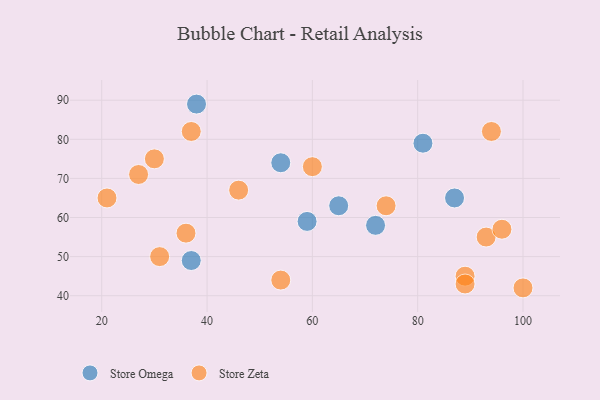
{"axis": {"x": "GDP", "y": "Life Expectancy"}, "legend": ["Store Omega", "Store Zeta"], "data": [{"x": "65", "y": 63, "type": "Store Omega"}, {"x": "72", "y": 58, "type": "Store Omega"}, {"x": "54", "y": 74, "type": "Store Omega"}, {"x": "59", "y": 59, "type": "Store Omega"}, {"x": "38", "y": 89, "type": "Store Omega"}, {"x": "81", "y": 79, "type": "Store Omega"}, {"x": "87", "y": 65, "type": "Store Omega"}, {"x": "37", "y": 49, "type": "Store Omega"}, {"x": "37", "y": 82, "type": "Store Zeta"}, {"x": "93", "y": 55, "type": "Store Zeta"}, {"x": "60", "y": 73, "type": "Store Zeta"}, {"x": "96", "y": 57, "type": "Store Zeta"}, {"x": "21", "y": 65, "type": "Store Zeta"}, {"x": "31", "y": 50, "type": "Store Zeta"}, {"x": "36", "y": 56, "type": "Store Zeta"}, {"x": "54", "y": 44, "type": "Store Zeta"}, {"x": "30", "y": 75, "type": "Store Zeta"}, {"x": "89", "y": 45, "type": "Store Zeta"}, {"x": "27", "y": 71, "type": "Store Zeta"}, {"x": "100", "y": 42, "type": "Store Zeta"}, {"x": "89", "y": 43, "type": "Store Zeta"}, {"x": "94", "y": 82, "type": "Store Zeta"}, {"x": "46", "y": 67, "type": "Store Zeta"}, {"x": "74", "y": 63, "type": "Store Zeta"}]}